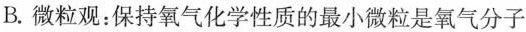
B. 微粒观：保持氧气化学性质的最小微粒是氧气分子